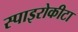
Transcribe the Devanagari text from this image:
स्पाइरोकीटा